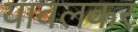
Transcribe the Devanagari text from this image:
यावलकर